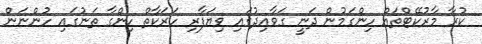
ކުރާ މާރުކޭޓްތައް ހިންގަމުން ދަނީ ގަވާއިދުގައި ވިޔަފާރި ހަރަކާތް ހިންގާ ތަނުގައި ހުންނަން